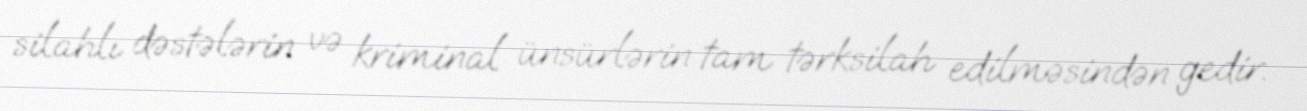
silahlı dəstələrin və kriminal ünsürlərin tam tərksilah edilməsindən gedir.